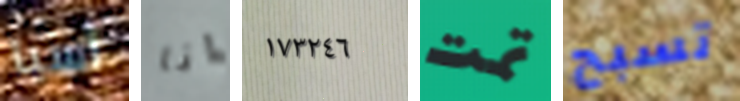
آسيا انا ١٧٣٢٤٦ تمت تسبح